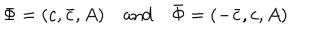
LaTeX: \Phi = ( c , \bar { c } , A ) \quad \mathrm { a n d } \quad \bar { \Phi } = ( - \bar { c } , c , A )